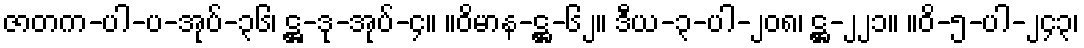
ဇာတက-ပါ-ပ-အုပ်-၃၆၊ ဋ္ဌ-ဒု-အုပ်-၄။ ။ဝိမာန-ဋ္ဌ-၆၂။ ဒီယ-၃-ပါ-၂၀၈၊ ဋ္ဌ-၂၂၁။ ။ဝိ-၅-ပါ-၂၄၃၊